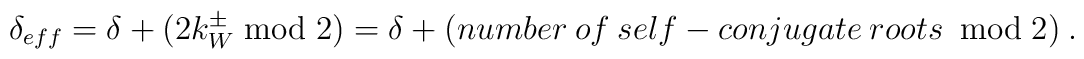
\delta _{eff}=\delta +(2k^{\pm }_{W}\bmod 2)=\delta +(number\: of\: self-conjugate\: roots\: \bmod 2)\: .